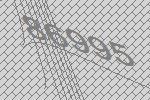
86995